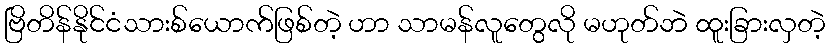
ဗြိတိန်နိုင်ငံသားစ်ယောက်ဖြစ်တဲ့ ဟာ သာမန်လူတွေလို မဟုတ်ဘဲ ထူးခြားလှတဲ့